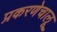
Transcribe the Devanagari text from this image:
प्रकरणेचालू